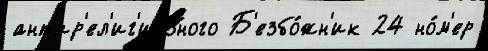
ант'ир'ел'иг'иозного Б'езбо́жн'ик 24 но́м'ер